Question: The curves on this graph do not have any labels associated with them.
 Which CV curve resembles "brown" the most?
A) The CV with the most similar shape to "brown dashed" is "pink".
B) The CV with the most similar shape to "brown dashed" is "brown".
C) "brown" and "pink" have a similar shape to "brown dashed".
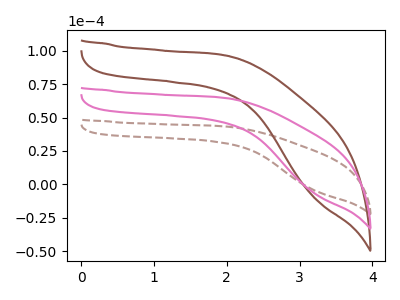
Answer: <think>The brown dashed curve "brown dashed" has no peaks. The brown curve "brown" has no peaks. The pink curve "pink" has no peaks.
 Neither "brown dashed" or "brown" have any peaks. Neither "brown dashed" or "pink" have any peaks. Neither "brown" or "pink" have any peaks.</think>
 <answer>C) "brown" and "pink" have a similar shape to "brown dashed".</answer>
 <eval>C</eval>